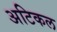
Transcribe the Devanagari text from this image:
अटिकल